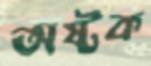
অষ্টক